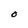
Character: O